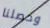
وحصلنا